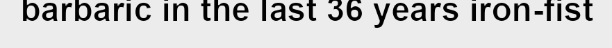
barbaric in the last 36 years iron-fist